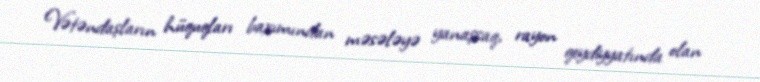
Vətəndaşların hüquqları baxımından məsələyə yanaşsaq, rayon qeydiyyatında olan